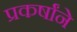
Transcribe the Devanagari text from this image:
प्रकर्षांने